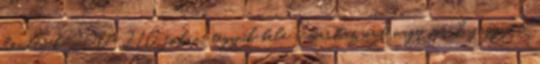
hevítsük 200-210 fokra, tegyük bele a marhazsírt vagy marhafaggyút,